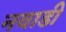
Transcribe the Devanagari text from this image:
नवाडी